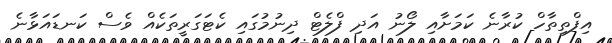
އިފްތިތާހް ކުރާނެ ކަމަށާއި ލޯނު އަދި ފްލެޓް ދިނުމުގައި ކެޓަގަރީތަކެއް ވެސް ކަނޑައަޅާނެ